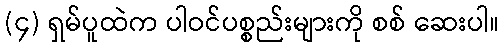
(၄) ရှမ်ပူထဲက ပါဝင်ပစ္စည်းများကို စစ် ဆေးပါ။